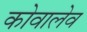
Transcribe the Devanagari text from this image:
कोवालेव